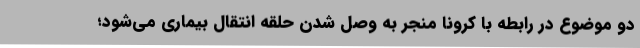
دو موضوع در رابطه با کرونا منجر به وصل شدن حلقه انتقال بیماری می‌شود؛